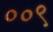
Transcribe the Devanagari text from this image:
००९